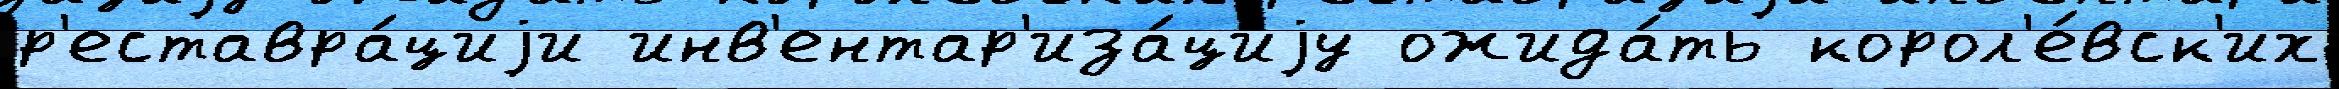
р'еставра́циjи инв'ентар'иза́циjу ожида́ть корол'е́вск'их